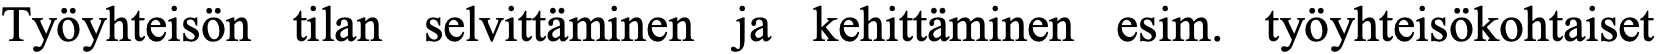
Työyhteisön tilan selvittäminen ja kehittäminen esim. työyhteisökohtaiset